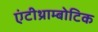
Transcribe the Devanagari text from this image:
एंटीथ्राम्बोटिक